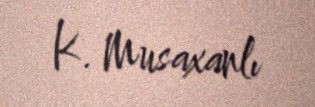
K. Musaxanlı